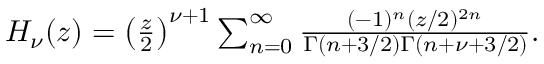
\begin{array} { r } { H _ { \nu } ( z ) = \left( \frac { z } { 2 } \right) ^ { \nu + 1 } \sum _ { n = 0 } ^ { \infty } \frac { ( - 1 ) ^ { n } ( z / 2 ) ^ { 2 n } } { \Gamma ( n + 3 / 2 ) \Gamma ( n + \nu + 3 / 2 ) } . } \end{array}